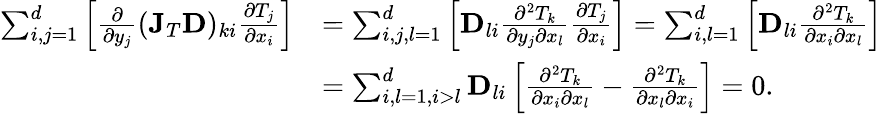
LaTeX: \begin{array}{rl}{\sum_{i,j=1}^{d}\left[\frac{\partial}{\partial y_{j}}(\mathbf{J}_{T}\mathbf{D})_{ki}\frac{\partial T_{j}}{\partial x_{i}}\right]}&{=\sum_{i,j,l=1}^{d}\left[\mathbf{D}_{li}\frac{\partial^{2}T_{k}}{\partial y_{j}\partial x_{l}}\frac{\partial T_{j}}{\partial x_{i}}\right]=\sum_{i,l=1}^{d}\left[\mathbf{D}_{li}\frac{\partial^{2}T_{k}}{\partial x_{i}\partial x_{l}}\right]}\\ &{=\sum_{i,l=1,i>l}^{d}\mathbf{D}_{li}\left[\frac{\partial^{2}T_{k}}{\partial x_{i}\partial x_{l}}-\frac{\partial^{2}T_{k}}{\partial x_{l}\partial x_{i}}\right]=0.}\end{array}